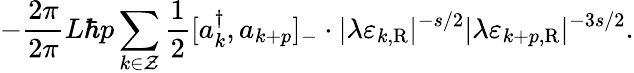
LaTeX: -\frac{2\pi}{2\pi}{L}\hbar p\sum_{k\in\cal Z}\frac{1}{2}[a_{k}^{\dagger},a_{k+p}]_{-}\cdot|\lambda\varepsilon_{k,\mathrm{R}}|^{-s/2}|\lambda\varepsilon_{k+p,\mathrm{R}}|^{-{3s}/2}.